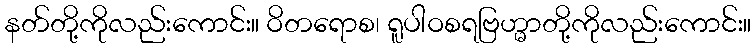
နတ်တို့ကိုလည်းကောင်း။ ဝိတရောစ၊ ရူပါဝစရဗြဟ္မာတို့ကိုလည်းကောင်း။